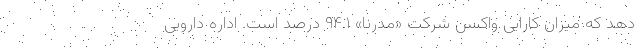
دهد که میزان کارایی واکسن شرکت «مدرنا» ۹۴.۱ درصد است. اداره دارویی